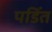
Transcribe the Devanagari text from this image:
पडिंत